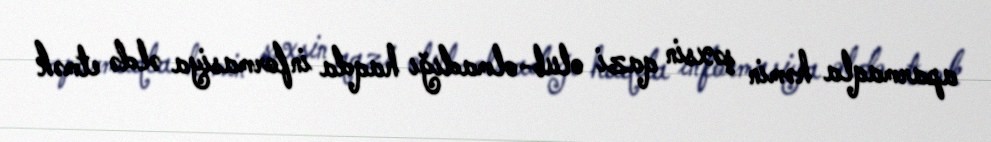
aparmaqla həmin şəxsin qazi olub-olmadığı haqda informasiya əldə etmək